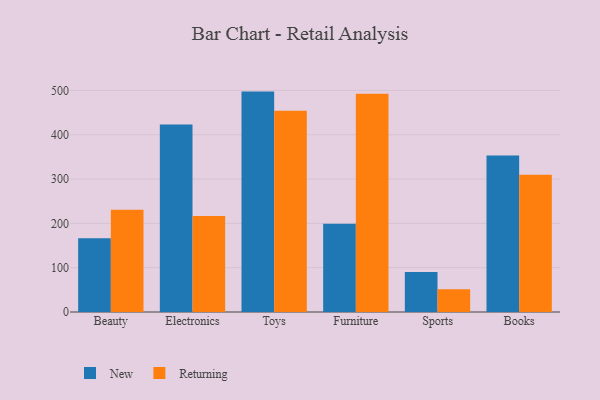
{"axis": {"x": "Category", "y": "Backlog"}, "legend": ["New", "Returning"], "data": [{"x": "Beauty", "y": 166.5, "type": "New"}, {"x": "Beauty", "y": 230.5, "type": "Returning"}, {"x": "Electronics", "y": 422.9, "type": "New"}, {"x": "Electronics", "y": 216.9, "type": "Returning"}, {"x": "Toys", "y": 497.4, "type": "New"}, {"x": "Toys", "y": 454.2, "type": "Returning"}, {"x": "Furniture", "y": 199.4, "type": "New"}, {"x": "Furniture", "y": 492.6, "type": "Returning"}, {"x": "Sports", "y": 90.5, "type": "New"}, {"x": "Sports", "y": 51.4, "type": "Returning"}, {"x": "Books", "y": 353.2, "type": "New"}, {"x": "Books", "y": 310.0, "type": "Returning"}]}